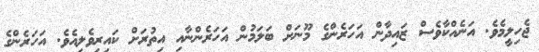
ޖެހިލީމެވެ. އަނެއްކާވެސް ޒައިދާން އަހަރެންގެ މޫނަށް ބަލަމުން އަހަރެންނާއި އިތުރަށް ކައިރިވެލިއެވެ. އަހަރެންގެ